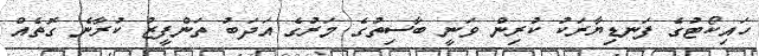
ހައިކޯޓުގެ ފަނޑިޔާރަކު ކުރިން ވަނީ ބާސިތުގެ މަރުގެ އަދަބު ތަންފީޒު ކުރާނެ ގޮތެއް